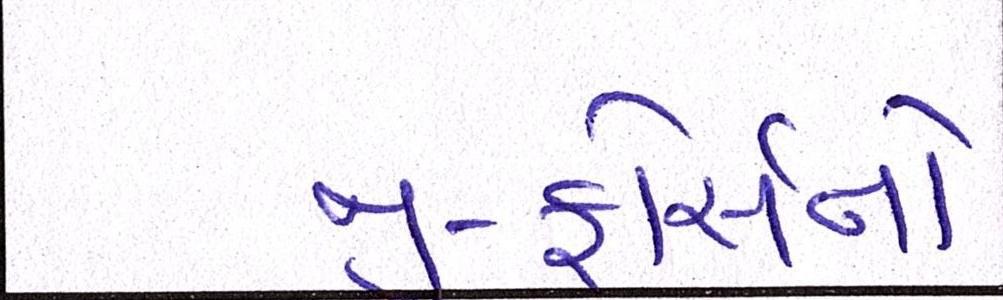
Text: જી-ફોર્સનો